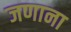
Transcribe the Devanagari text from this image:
जणाना